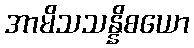
အာမိသသန္နိစယော